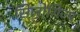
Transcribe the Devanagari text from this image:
सिलोगिज्म